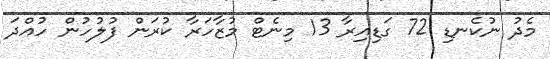
މެދު ނުކެނޑި 72 ގަޑިއިރާ 13 މިނެޓް މުޒާހަރާ ކުރަން ފުލުހުން ހުއްދަ